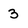
Character: 3